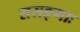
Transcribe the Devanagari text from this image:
ससङ्गाः